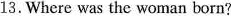
13.Where was the woman born?